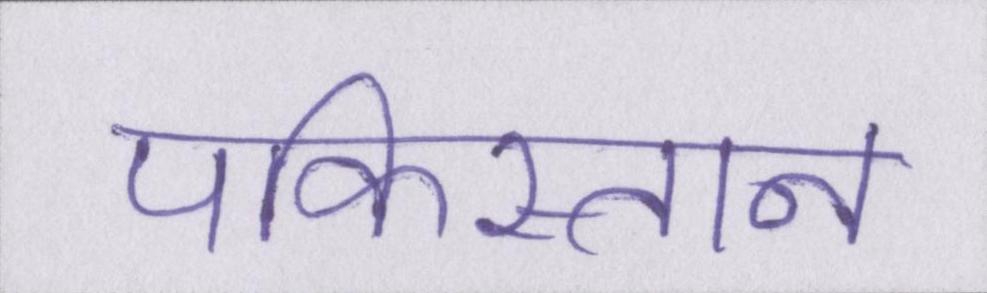
पकिस्तान